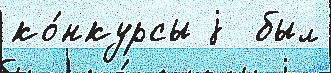
ко́нкурсы j  был